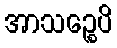
အာသဉ္စေပိ